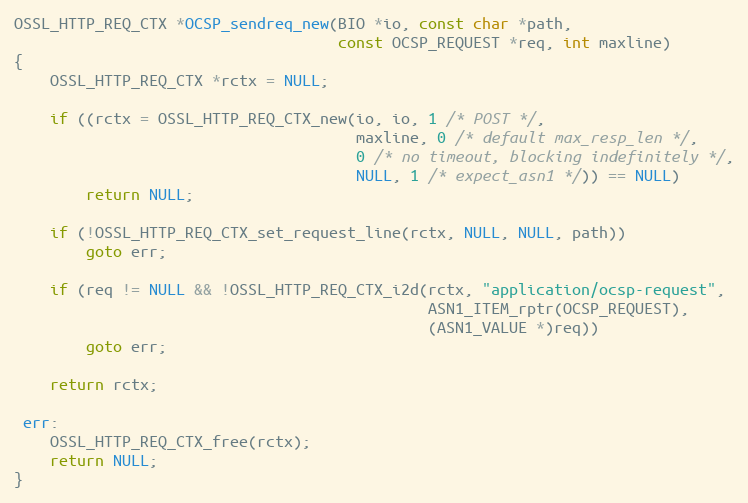
Language: C
OSSL_HTTP_REQ_CTX *OCSP_sendreq_new(BIO *io, const char *path,
                                    const OCSP_REQUEST *req, int maxline)
{
    OSSL_HTTP_REQ_CTX *rctx = NULL;

    if ((rctx = OSSL_HTTP_REQ_CTX_new(io, io, 1 /* POST */,
                                      maxline, 0 /* default max_resp_len */,
                                      0 /* no timeout, blocking indefinitely */,
                                      NULL, 1 /* expect_asn1 */)) == NULL)
        return NULL;

    if (!OSSL_HTTP_REQ_CTX_set_request_line(rctx, NULL, NULL, path))
        goto err;

    if (req != NULL && !OSSL_HTTP_REQ_CTX_i2d(rctx, "application/ocsp-request",
                                              ASN1_ITEM_rptr(OCSP_REQUEST),
                                              (ASN1_VALUE *)req))
        goto err;

    return rctx;

 err:
    OSSL_HTTP_REQ_CTX_free(rctx);
    return NULL;
}